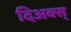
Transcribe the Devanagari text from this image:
दिअक्स्